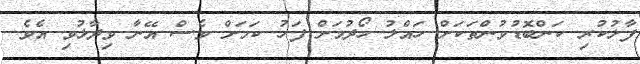
ފާޅުކުރި ކަންބޮޑުވުންތަކަށް ހައްލު ހޯދުމަށް ފަހު ކަމަށް ވެސް އޭނާ ވިދާޅުވި އެވެ.